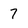
Character: 7